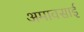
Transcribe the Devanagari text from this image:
अमावसाई